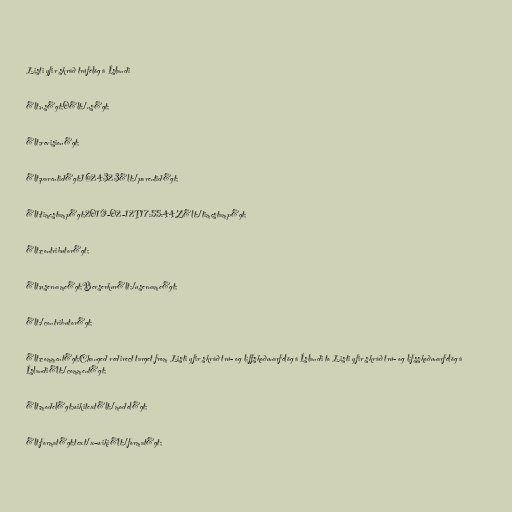
Listi yfir skráð trúfélög á Íslandi

&lt;ns&gt;0&lt;/ns&gt;

&lt;revision&gt;

&lt;parentid&gt;1624323&lt;/parentid&gt;

&lt;timestamp&gt;2019-02-12T17:55:44Z&lt;/timestamp&gt;

&lt;contributor&gt;

&lt;username&gt;Berserkur&lt;/username&gt;

&lt;/contributor&gt;

&lt;comment&gt;Changed redirect target from Listi yfir skráð trú- og líffskoðunarfélög á Íslandi to Listi yfir skráð trú- og lífsskoðunarfélög á
Íslandi&lt;/comment&gt;

&lt;model&gt;wikitext&lt;/model&gt;

&lt;format&gt;text/x-wiki&lt;/format&gt;